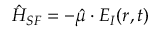
\hat { H } _ { S F } = - \boldsymbol { \hat { \mu } } \cdot \boldsymbol { E } _ { I } ( r , t )